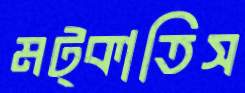
মট্‌কাতিস